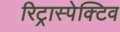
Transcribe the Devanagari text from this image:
रिट्रास्पेक्टिव